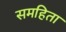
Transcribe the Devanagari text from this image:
समहिता